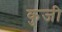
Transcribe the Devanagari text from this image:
कुजी